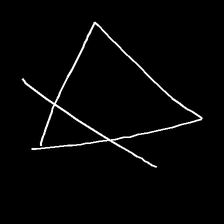
Glyph: empower